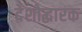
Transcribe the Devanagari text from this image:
देशोद्धारक